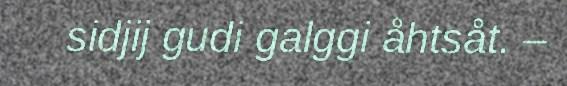
sidjij gudi galggi åhtsåt. –